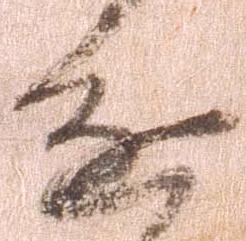
進